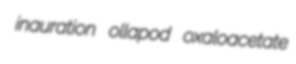
inauration ollapod oxaloacetate